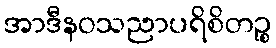
အာဒီနဝသညာပရိစိတဉ္စ